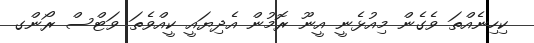
ކިހިނެއްތަ ވެގެން މިއުޅެނީ އީނޫ ރޮމުން އެދިޔައީ ކީއްވެތަ ވަޓްސް ރޯންގ